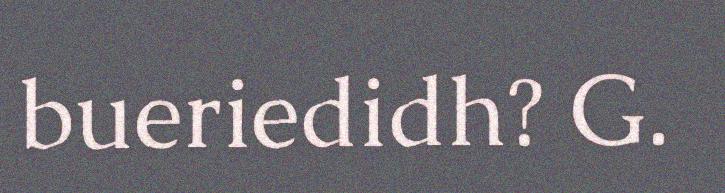
bueriedidh? G.